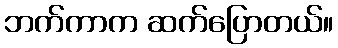
ဘက်ကာက ဆက်ပြောတယ်။